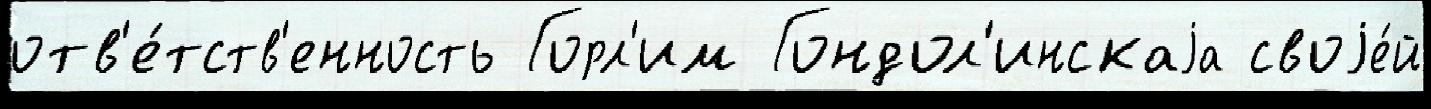
отв'е́тств'енность Горл'им Гондол'инскаjа своjе́й